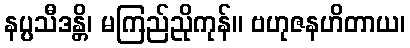
နပ္ပသီဒန္တိ၊ မကြည်ညိုကုန်။ ဗဟုဇနဟိတာယ၊